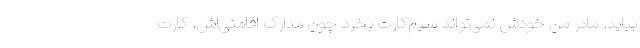
بیاید. مادر من خودش نمی‌تواند سیم‌کارت بخرد چون مدارک اقامتی‌اش، کارت